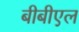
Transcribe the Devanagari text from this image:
बीबीएल